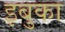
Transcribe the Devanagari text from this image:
इबुका